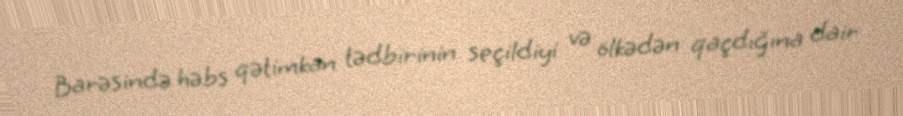
Barəsində həbs qətimkan tədbirinin seçildiyi və ölkədən qaçdığına dair